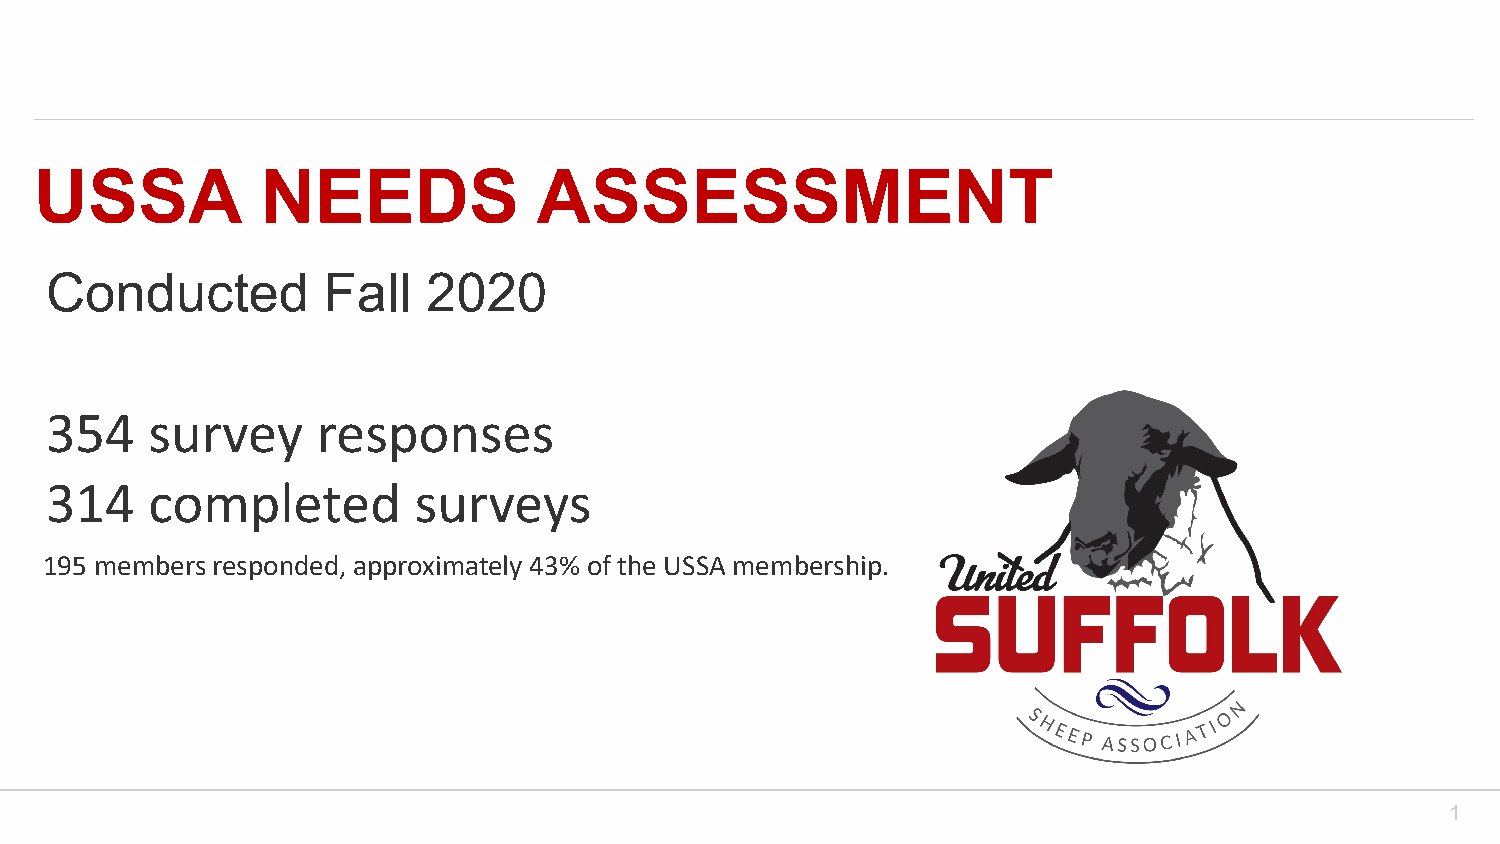
USSA           NEEDS              ASSESSMENT
 Conducted         Fall   2020
 354    survey     responses
 314    completed        surveys
 195 members responded, approximately 43% of the USSA membership.
 1
 Powered by